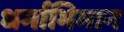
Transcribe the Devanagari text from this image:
धर्माभिमान